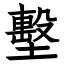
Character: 墼